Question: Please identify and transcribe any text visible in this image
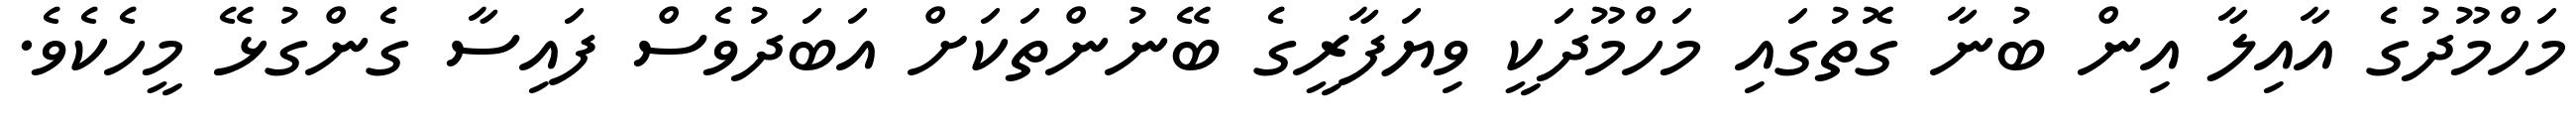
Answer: މަހްމޫދުގެ އާއިލާ އިން ބުނާ ގޮތުގައި މަހްމޫދަކީ ވިޔަފާރީގެ ބޭނުންތަކަށް އަބަދުވެސް ފައިސާ ގެންގުޅޭ މީހެކެވެ.